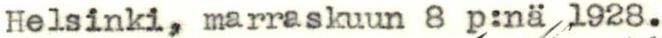
Helsinki, marraskuun 8 p:nä 1928.